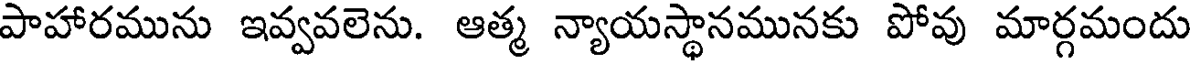
పాహారమును ఇవ్వవలెను. ఆత్మ న్యాయస్థానమునకు పోవు మార్గమందు